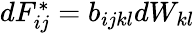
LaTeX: \begin{array}{r}{dF_{ij}^{*}=b_{ijkl}dW_{kl}}\end{array}